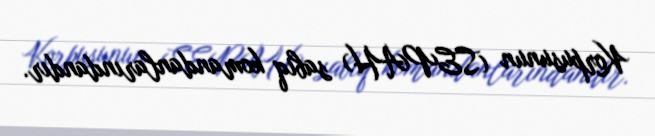
Korpusunun (SEPAH) sabiq komandanlarındandır.